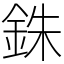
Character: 銖